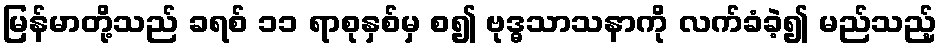
မြန်မာတို့သည် ခရစ် ၁၁ ရာစုနှစ်မှ စ၍ ဗုဒ္ဓသာသနာကို လက်ခံခဲ့၍ မည်သည့်